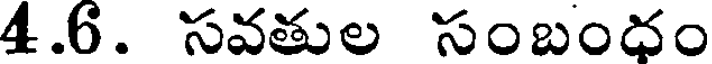
4.6. సవతుల సంబంధం